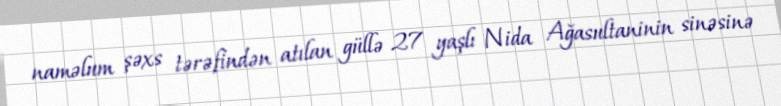
naməlum şəxs tərəfindən atılan güllə 27 yaşlı Nida Ağasultaninin sinəsinə